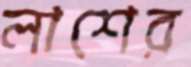
লাশের